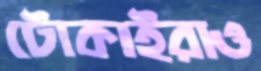
টোকাইরাও